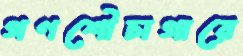
গণশৌচাগারে